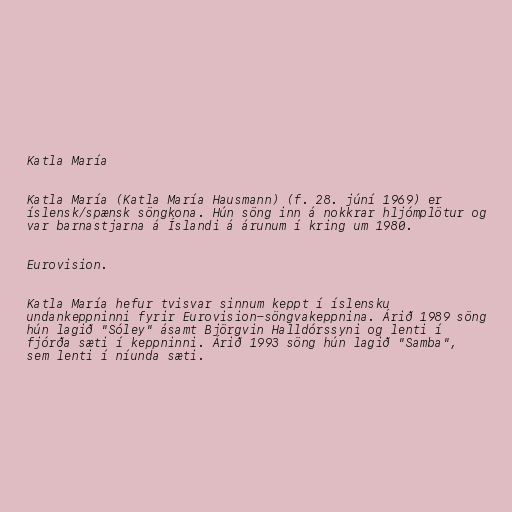
Katla María

Katla María (Katla María Hausmann) (f. 28. júní 1969) er
íslensk/spænsk söngkona. Hún söng inn á nokkrar hljómplötur og
var barnastjarna á Íslandi á árunum í kring um 1980.

Eurovision.

Katla María hefur tvisvar sinnum keppt í íslensku
undankeppninni fyrir Eurovision-söngvakeppnina. Árið 1989 söng
hún lagið "Sóley" ásamt Björgvin Halldórssyni og lenti í
fjórða sæti í keppninni. Árið 1993 söng hún lagið "Samba",
sem lenti í níunda sæti.